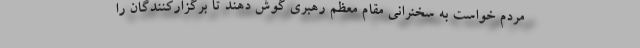
مردم خواست به سخنرانی مقام معظم رهبری گوش دهند تا برگزاركنندگان را